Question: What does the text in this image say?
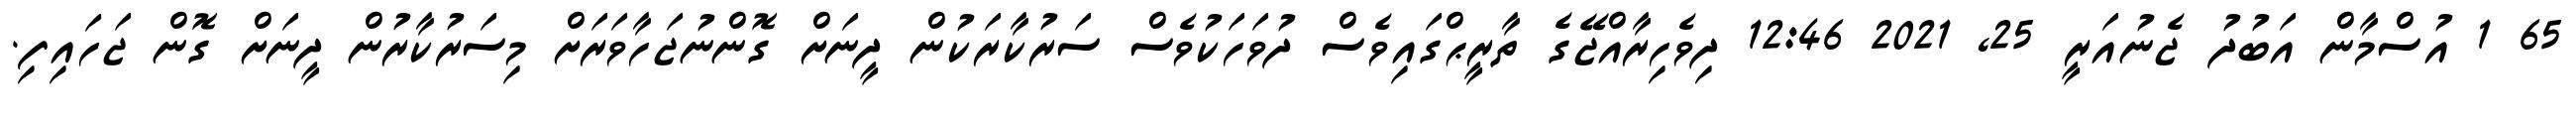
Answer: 65 1 އުސްމާން އަބުދު ޖެނުއަރީ 25, 2021 12:46 ދިވެހިރާއްޖޭގެ ތާރީޙްގައިވެސް ދުވަހަކުވެސް ސަރުކާރަކުން ދީނަށް ގޮންނުޖަހާވަރަށް މިސަރުކާރުން ދީނަށް ގޮން ޖަހައިފި.